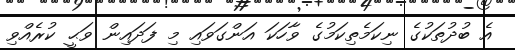
އެ ބުދުތަކުގެ ނިކަމެތިކަމުގެ ވާހަކަ އަންގަވައި މި ފަދައިން ވަޙީ ކުރެއްވި